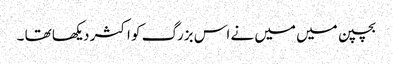
بچپن میں میں نے اس بزرگ کو اکثر دیکھا تھا ۔